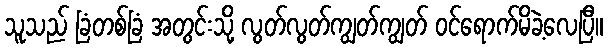
သူသည် ခြံတစ်ခြံ အတွင်းသို့ လွတ်လွတ်ကျွတ်ကျွတ် ဝင်ရောက်မိခဲ့လေပြီ။